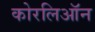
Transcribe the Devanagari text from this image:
कोरलिऑन